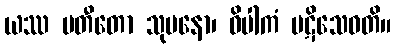
ယဿ ပတီတော သုမနော၊ ဝိပါကံ ပဋိသေဝတိ။